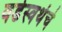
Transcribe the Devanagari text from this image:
वर्डस्वर्थचे